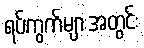
ရပ်ကွက်များအတွင်း